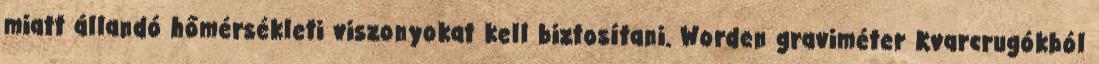
miatt állandó hőmérsékleti viszonyokat kell biztosítani. Worden graviméter Kvarcrugókból